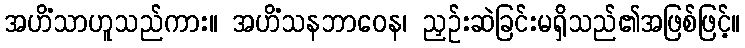
အဟိံသာဟူသည်ကား။ အဟိံသနဘာဝေန၊ ညှဉ်းဆဲခြင်းမရှိသည်၏အဖြစ်ဖြင့်။